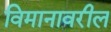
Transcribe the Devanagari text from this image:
विमानावरील